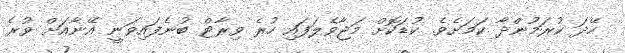
ހޭދަ ކުރަމުންދާ ކަމަށެވެ. ކުޑަކޮށް މަޖާވެލަފައި ހުރެ ވިރާޓް ބުނެފައިވަނީ އޭނާއަށް ވުރެ